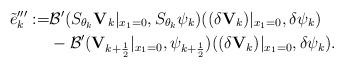
LaTeX: \begin{align*}\tilde{e}'''_k:=&\mathcal{B}'(S_{\theta_k}{\mathbf V}_k|_{x_1=0},S_{\theta_k}\psi_k)((\delta {\mathbf V}_k)|_{x_1=0},\delta\psi_k)\\&-\mathcal{B}'({\mathbf V}_{k+\frac{1}{2}}|_{x_1=0},\psi_{k+\frac{1}{2}})((\delta {\mathbf V}_k)|_{x_1=0},\delta\psi_k).\\\end{align*}